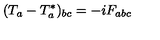
( T _ { a } - T _ { a } ^ { \ast } ) _ { b c } = - i F _ { a b c }